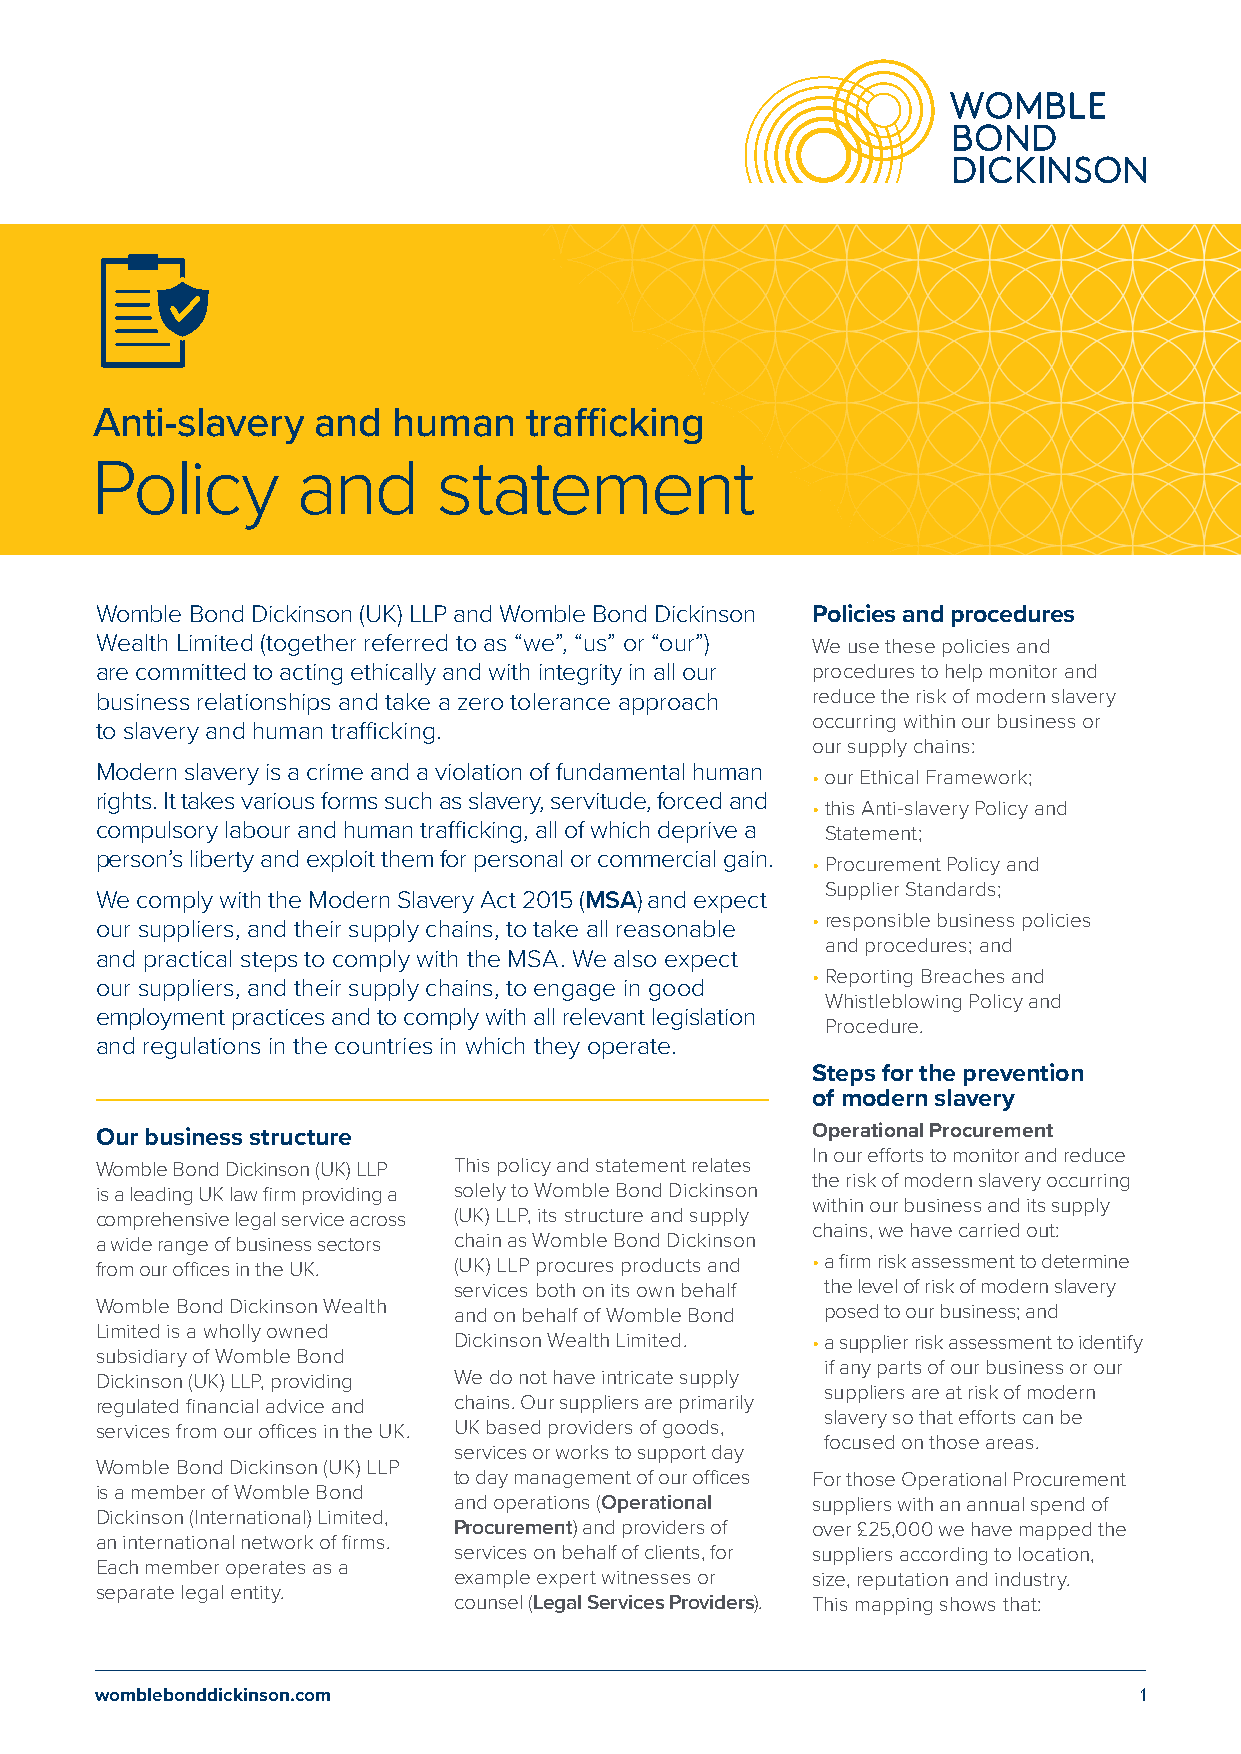
Anti-slavery   and  human    trafficking
 Policy        and      statement
 Womble Bond Dickinson (UK) LLP and Womble Bond Dickinson Policies and procedures
 Wealth Limited (together referred to as “we”, “us” or “our”) We use these policies and
 are committed to acting ethically and with integrity in all our procedures to help monitor and
 business relationships and take a zero tolerance approach reduce the risk of modern slavery
 occurring within our business or
 to slavery and human trafficking.
 our supply chains:
 Modern slavery is a crime and a violation of fundamental human
 • our Ethical Framework;
 rights. It takes various forms such as slavery, servitude, forced and
 • this Anti-slavery Policy and
 compulsory labour and human trafficking, all of which deprive a Statement;
 person’s liberty and exploit them for personal or commercial gain.
 • Procurement Policy and
 Supplier Standards;
 We comply with the Modern Slavery Act 2015 (MSA) and expect
 • responsible business policies
 our suppliers, and their supply chains, to take all reasonable
 and procedures; and
 and practical steps to comply with the MSA. We also expect
 • Reporting Breaches and
 our suppliers, and their supply chains, to engage in good
 Whistleblowing Policy and
 employment practices and to comply with all relevant legislation
 Procedure.
 and regulations in the countries in which they operate.
 Steps for the prevention
 of modern slavery
 Our business structure                          Operational Procurement
 In our efforts to monitor and reduce
 Womble Bond Dickinson (UK) LLP This policy and statement relates
 the risk of modern slavery occurring
 is a leading UK law firm providing a solely to Womble Bond Dickinson
 within our business and its supply
 comprehensive legal service across (UK) LLP, its structure and supply
 chains, we have carried out:
 a wide range of business sectors chain as Womble Bond Dickinson
 from our offices in the UK. (UK) LLP procures products and • a firm risk assessment to determine
 services both on its own behalf the level of risk of modern slavery
 Womble Bond Dickinson Wealth and on behalf of Womble Bond posed to our business; and
 Limited is a wholly owned
 Dickinson Wealth Limited. • a supplier risk assessment to identify
 subsidiary of Womble Bond
 if any parts of our business or our
 Dickinson (UK) LLP, providing We do not have intricate supply
 suppliers are at risk of modern
 regulated financial advice and chains. Our suppliers are primarily
 slavery so that efforts can be
 services from our offices in the UK. UK based providers of goods,
 focused on those areas.
 services or works to support day
 Womble Bond Dickinson (UK) LLP
 to day management of our offices For those Operational Procurement
 is a member of Womble Bond
 and operations (Operational suppliers with an annual spend of
 Dickinson (International) Limited,
 Procurement) and providers of over £25,000 we have mapped the
 an international network of firms.
 services on behalf of clients, for suppliers according to location,
 Each member operates as a
 example expert witnesses or size, reputation and industry.
 separate legal entity.
 counsel (Legal Services Providers). This mapping shows that:
 womblebonddickinson.com                                              1